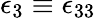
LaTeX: \epsilon_{3}\equiv\epsilon_{33}